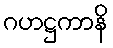
ဂဟဋ္ဌကာနိ